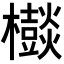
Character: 𣠃